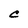
Character: C